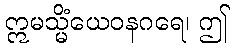
ဣမသ္မိံယေဝနဂရေ၊ ဤ